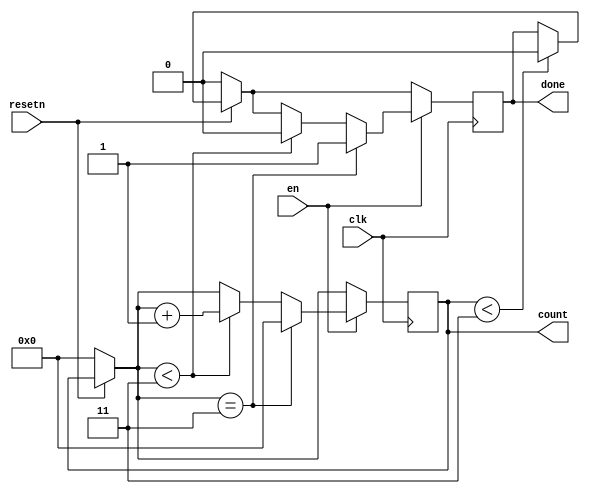
// This is an n bit counter


module counter (
    en,
    clk,
    resetn,
    count,
    done);

parameter n=4, max=3;
input en;
input clk;
input resetn;
output reg [n-1:0] count = 4'b0;
output reg done=1'b0;

always @(posedge clk) begin
    if (count < max)
		done = 1'b0;
	 if (!resetn) begin
      done = 1'b0;
      count = {(n-1) {1'b0}};
    end
    if (en)begin
        if (count == max ) begin
          done = 1'b1;
          count = {(n-1){1'b0}};
          //#40 done = 1'b0;
        end
        else if (count < max) begin
          count = count +1;
          done = 1'b0;
        end
    end
end
endmodule